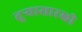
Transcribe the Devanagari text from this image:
तूऱ्यासारखी